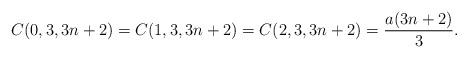
LaTeX: \begin{align*}C(0,3,3n+2)=C(1,3,3n+2)=C(2,3,3n+2)=\dfrac{a(3n+2)}{3}.\end{align*}